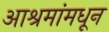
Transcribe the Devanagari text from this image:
आश्रमांमधून